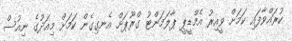
ކުރައްވާފައި ކަމަށް ވީއިރު އެމްޑީޕީ ޕާލަމަންޓު ގްރޫޕަށް އެނގިގެން ކަމަށް މިއަދުގެ ނިއުސް